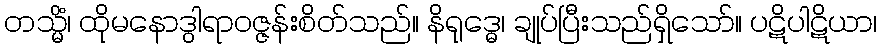
တသ္မိံ၊ ထိုမနောဒွါရာဝဇ္ဇန်းစိတ်သည်။ နိရုဒ္ဓေ၊ ချုပ်ပြီးသည်ရှိသော်။ ပဋိပါဋိယာ၊